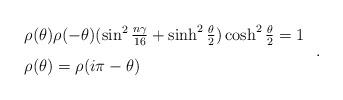
LaTeX: \begin{align*}\begin{array}{l}\rho(\theta)\rho(-\theta)(\sin^2\frac{n\gamma}{16}+\sinh^2\frac{\theta}{2})\cosh^2\frac{\theta}{2}=1\vspace{3mm}\\\rho(\theta)=\rho(i\pi-\theta)\end{array}\;.\end{align*}